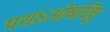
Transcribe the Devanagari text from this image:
पयऽओषधिषु